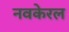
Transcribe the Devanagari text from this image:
नवकेरल